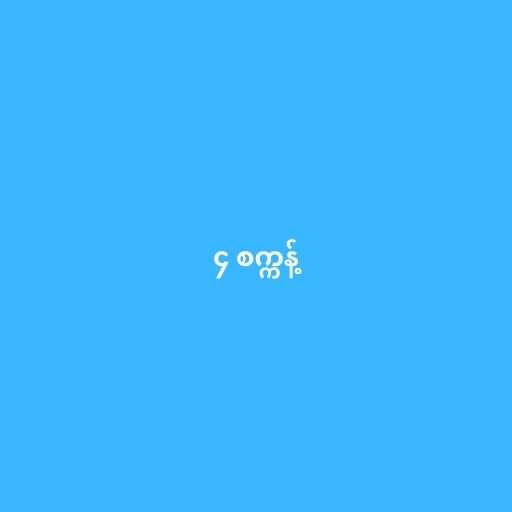
၄ စက္ကန့်